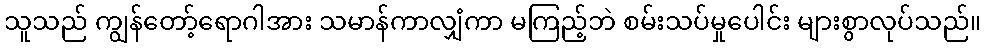
သူသည် ကျွန်တော့်ရောဂါအား သမာန်ကာလျှံကာ မကြည့်ဘဲ စမ်းသပ်မှုပေါင်း များစွာလုပ်သည်။